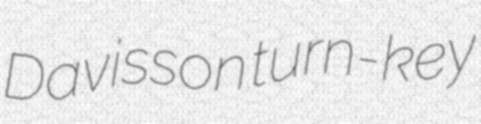
Davisson turn-key